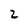
Character: 2